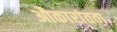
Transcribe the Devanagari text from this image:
औकारांतता